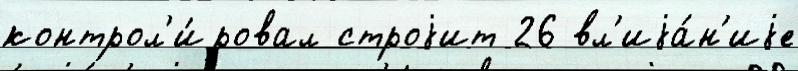
контрол'и́ровал строjит 26 вл'иjа́н'иjе